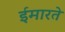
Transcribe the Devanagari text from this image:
ईमारते